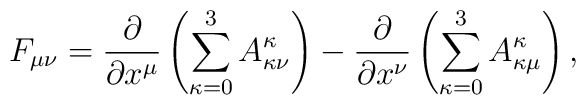
F_{\mu \nu} = \frac{\partial }{\partial x^{\mu}} \left( \sum_{\kappa = 0}^{3} A_{\kappa \nu}^{\kappa} \right) -\frac{\partial }{\partial x^{\nu}} \left( \sum_{\kappa = 0}^{3} A_{\kappa \mu}^{\kappa} \right),